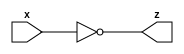
module systemTasks(input [7:0] x, output [7:0] z);
	
	assign z = ~x;

endmodule